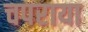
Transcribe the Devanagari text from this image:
चपराया